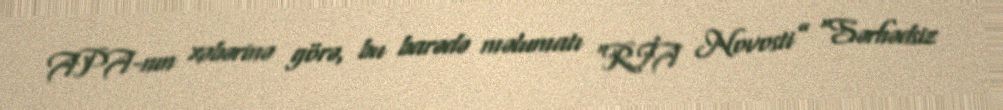
APA-nın xəbərinə görə, bu barədə məlumatı “RİA Novosti” “Sərhədsiz